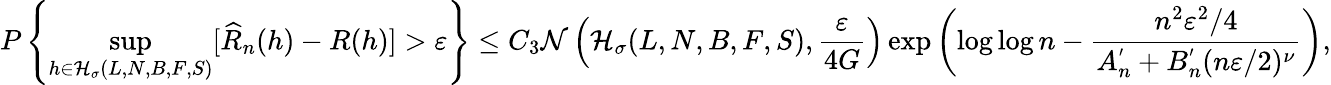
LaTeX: P\left\{ \underset{h\in\mathcal{H}_{\sigma}(L,N,B,F,S)}{\operatorname*{sup}}[\widehat{R}_{n}(h)-R(h)]>\varepsilon\right\} \leq C_{3}\mathcal{N}\left(\mathcal{H}_{\sigma}(L,N,B,F,S),\frac{\varepsilon}{4G}\right)\exp\left(\log\log n-\frac{n^{2}\varepsilon^{2}/4}{A_{n}^{'}+B_{n}^{'}(n\varepsilon/2)^{\nu}}\right),